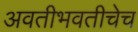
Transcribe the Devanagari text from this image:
अवतीभवतीचेच